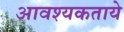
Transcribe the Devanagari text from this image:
आवश्यकताये